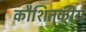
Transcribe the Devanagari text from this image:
कौशितकीय